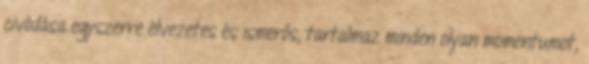
civódása egyszerre élvezetes és ismerős, tartalmaz minden olyan momentumot,